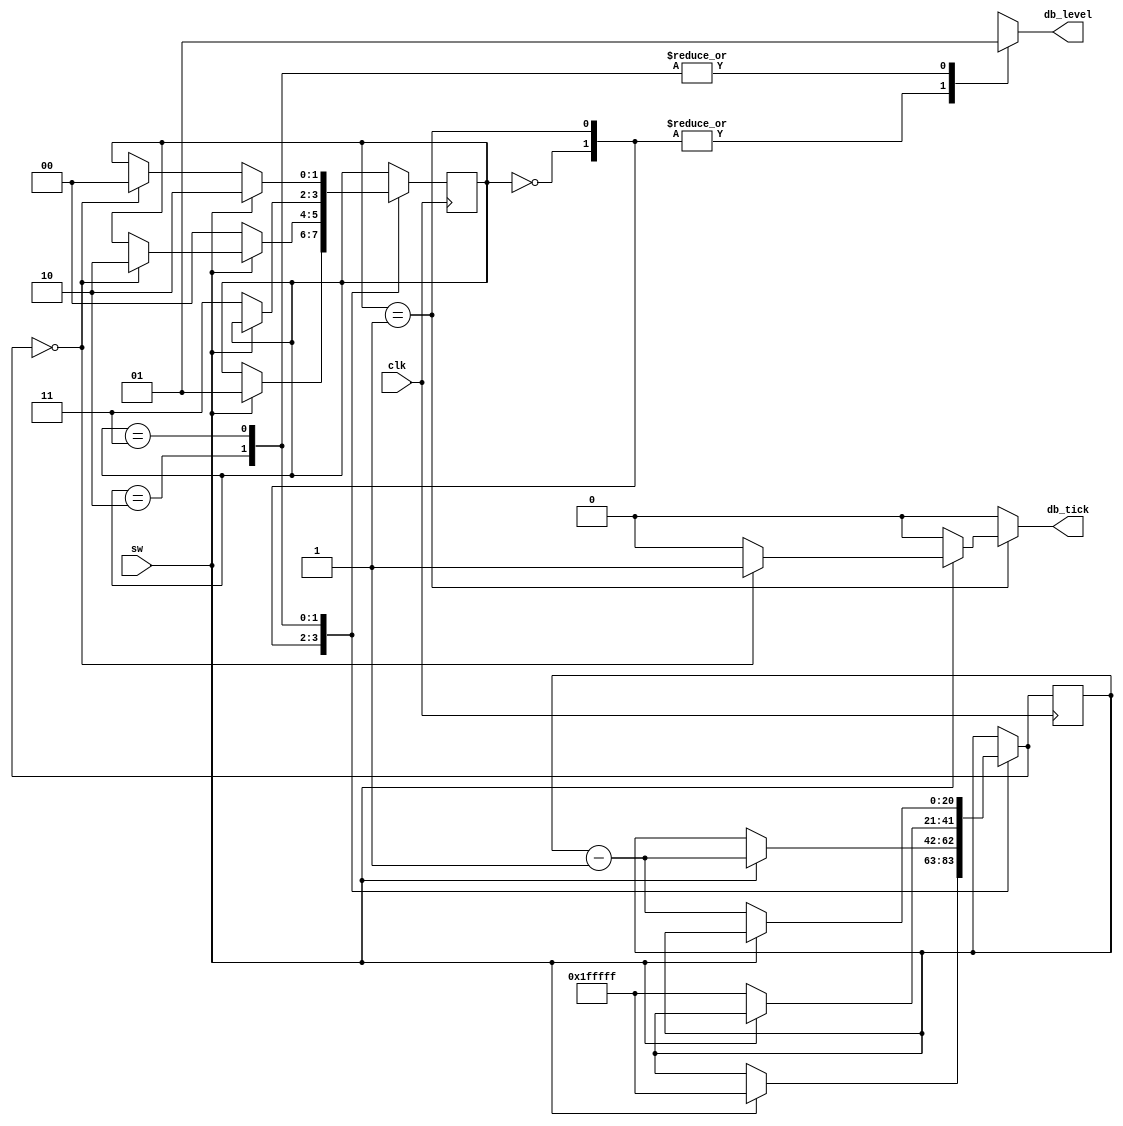
module debounce_1
(
	input wire  clk,
	input wire  sw,
	output reg  db_level,
	output reg  db_tick
);
	localparam N = 21; 
	localparam ZERO  = 0;
	localparam WAIT1 = 1;
	localparam ONE   = 2;
	localparam WAIT0 = 3;
	reg [1:0]   state_reg, state_next;
	reg [N-1:0] q_reg, q_next;
	always @ (posedge clk) begin
		state_reg <= state_next;
		q_reg <= q_next;
	end
	always @ (state_reg, q_reg, sw, q_next) begin
		state_next <= state_reg;
		q_next <= q_reg;
		db_tick <= 0;
		case (state_reg)
			ZERO: begin
				db_level <= 0;
				if (sw) begin
					state_next <= WAIT1;
					q_next <= ~0;
				end
			end
			WAIT1: begin
				db_level <= 0;
				if (sw) begin
					q_next <= q_reg - 1;
					if (q_next == 0) begin
						state_next <= ONE;
						db_tick <= 1;
					end
				end
				else
					state_next <= ZERO;
			end
			ONE: begin
				db_level <= 1;
				if (!sw) begin
					state_next <= WAIT0;
					q_next <= ~0;
				end
			end
			WAIT0: begin
				db_level <= 1;
				if (!sw) begin
					q_next <= q_reg - 1;
					if (q_next == 0)
						state_next <= ZERO;
				end
				else
					state_next <= ONE;
			end
		endcase
	end
endmodule